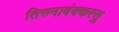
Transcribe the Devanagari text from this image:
तिरुनावंक्करसु